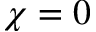
\chi = 0